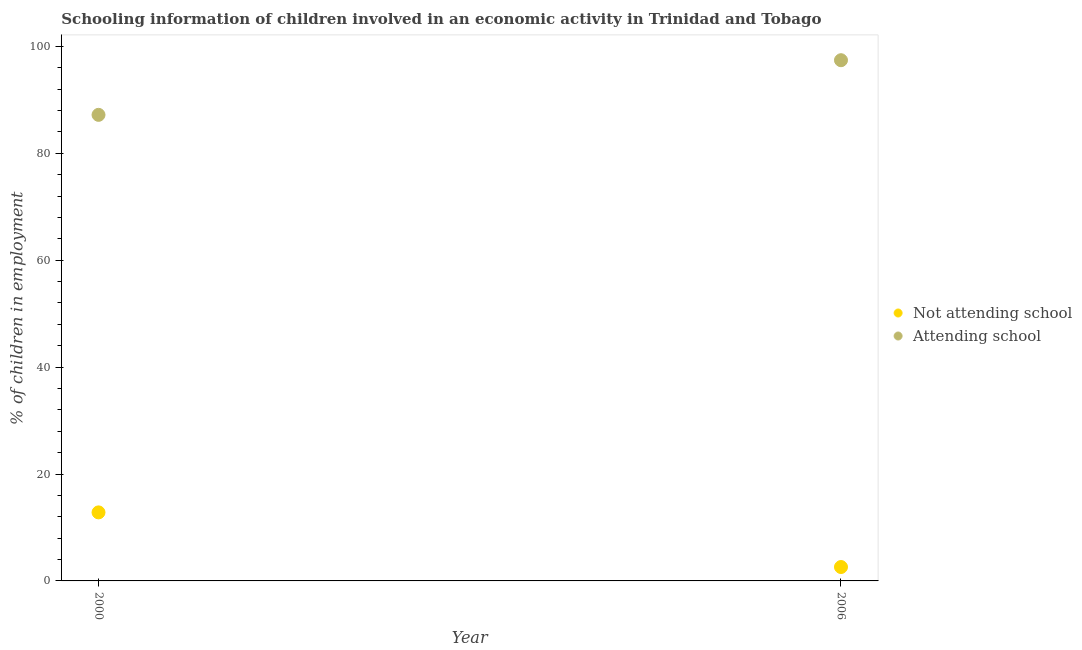
| Year | Not attending school | Attending school |
 | --- | --- | --- |
 | 2000 | 12.8 | 87.2 |
 | 2006 | 2.6 | 97.4 |